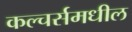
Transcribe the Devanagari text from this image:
कल्चर्समधील